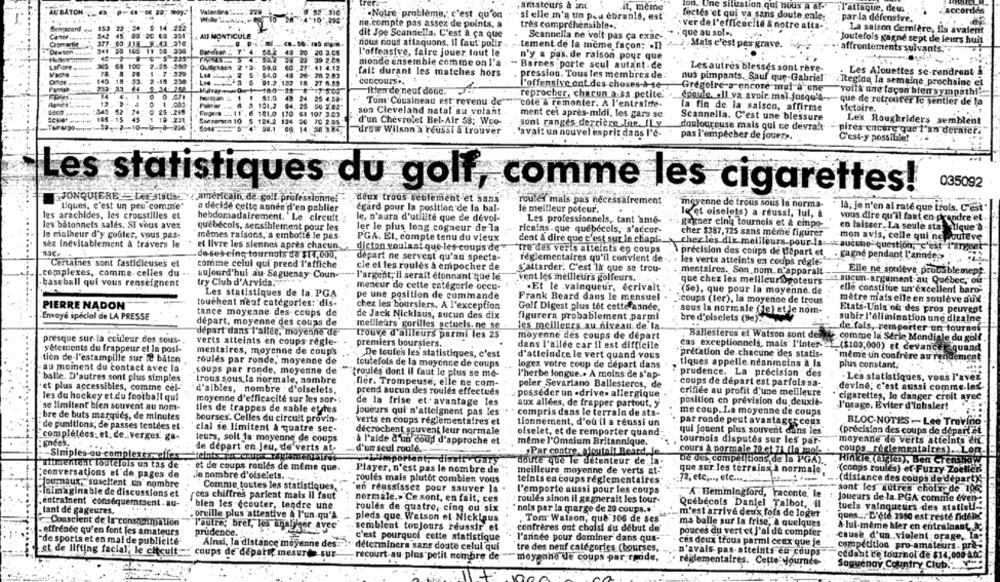
amateurs & int
on. Une situation qui nous a at.
AU BATON
it, meme
:l'attaque, deu.
".Notre problème, c'est qu'on
. si elle m'a un peu ebranis, est
fectés et qui va sans doute cale;
101,294
par la defensive.
ne.compte pas assez de points, a
tres compréhensible ..
ver de l'efficacité & notre alta-
Bangazard,aty
dit Joe Scandella. C'est à ça que
. que au sola,
La saison dernière, Ils avaient
AU MON
ICULE
Seannella ne voit pas ca exac-
Joutefois gagné sept de leurs huit
nous rious attaquons, Il faut polir -
tement de la même façon: . Il
,Mais c'est pes grave.
20 3
. affrontements suivants."
l'offensive, faire jouer tout le
n'y a pas. de raison pour que
monde ensemble comme on l'a
- Barnes porte seul autant.de
Les autres blessés sont reve-
28 2.83
fait durant les matches hors
pression. Tous les membres de :
.Les Alouettes se rendrent
concours ..
nus pimpants. Sauf que-Gabriel"
27 6.59
l'offensive ont des choses-A-se
Grégoire-s encore mal à une
:Regina la semaine prochaine et
itien de neuf donc.
"voilà une façon biensympathi'
25 4.59-
reprocher, chacun a sa petite.
101.2
Tom Cousinean est revenu de"
cole & remonter. A l'entrafre-
(poule. all ya avoir mal-jusqu'4 -- que de retrouver le sentier de la
56 2.82"
la fin de la saison, affirme
victoire.
181.0
107 3.03
son Cleveland natal su volant
ment cet après-midi, les gars sc
Scannella. C'est une blessure
€ 70 2.95
d'un Chevrolet Bel-Air 58; Woo-
Les Roughriders semblent
sont ranges derrière Lhe. ILy
douloureuse mais qui ce devrait
drow Wilson a réussi & trouver
pires encure que l'an dernier.
"avait un nouvel esprit dans I'd-
pas l'empêcher de jouers.
C'est-y possible!
035092
Les statistiques du golf, comme les cigarettes!
JONQUIERE LASStillSEY americain de golf professionnel -deux trous seulement et sans
roules mais pas nécessairement
moyenne de trous sous la norma-
tiques, c'est un peu comme"
a décidé cette année d'en publier
égard pour la position de la bal-
le meilleur poteur.
la; je n'en al rate que trois, C'est
les arachides, les croustilles et
le et oiselets) a réussi, lul, à
hebdomadairement. Le circuit
le, n'aura d'utilité que de devol-
Les professionnels, tant ame-
vous dire qu'il faut en prendre et
les bâtonnets sales. Si vous avez
gagner cinq tournois et & empo-
quebécois, sensiblement pour les
ler le plus long cogneur de la
ricains-que québecols, s'accor-
en laisser. La seule stalique's -
le malheur d'y goûter, vous pas-
mêmes raisons, a emboîte le pas-
PGA. El, compte tenu du vieux
dent à dire que c'est sur le chapl ;.
cher $387,725 sans meme figurer
mon avis, celle qui ne pouteve
sez inévitablement à travers le
et livre les siennes après chacun.
dicton voulant que les coups de
"tre des veris atteints en coups
chezles.dix-meilleurs.pour-Is === aucune question, c'est"l'argent
de-ses cing tournuts de $14,000,
\precision des coups de Ulopart et
depart ne servent qu'au specta-
réglementaires qu'il convient de
. Fagne pendant l'année>
Certaines sont fastidicuses el
comme celui qui prend l'affiche.
cle el les roulés à empocher de
les verts atteints en coups régle-
.complexes, comme- celles du ..
S'attarder. C'est Ik que se trou-
mentaires. Son nom_n'apparait
Elle ne soulève probablement
aujourd'hui au- Saguenay Coun-
l'argent, il serait étonnant que le
vent les meilleurs golfeurs.
.baseball qui vous renseignent
try Club d'Arvida,
que chez les meilleurSpoteurs
-aucun-argument au Québec, ou"
meneur de cette categorie occe- 1 .Et le .vainqueur, écrivait
elle constitue un excellent baro-
Les statistiques de la. PGA
pe une position de commande
(Se), que pour la moyenne. de
Frank Beard dans le mensuel
-coups (ler), la moyenne de trous
mètre mais elle en soulève aux
PIERRE NADON
touchent neuf categories: dis-
chez les boursiers. A l'exception
Golf Digest plus tot cettefannde
tance moyenne des- coups de
sous la normale (Je) et Je nom-
Etats-Unis où des pros peuvent
Envoyé spécial de LA PRESSE
de Jack Nicklaus, aucun des dix
figurera probablement parmi
bre d'olselets (90) ..
subir l'élimination une dizaine
départ, moyenne des coups de
mellleurs gorilles getuels. ne_se
les meilleurs au niveau de la
de fals, remporter un tournel
départ dans l'allée, moyenne de"
trouve d'ailleurs parmi les 25
moyenne des coups de départ
. Ballesteros et Watson sont del
comme la Série Mondiale du golf
presque sur-la couleur des sous -.
verts atteints en coups regle-
premiers boursiers.
dans l'allée car il est difficile
cas exceptionnels, mais' l'inter-
E.($100,000) et devancer quand
s'ètements du frappeur el la posi-
mentaires, moyenne de coups
De toute's les statistiques, c'est
pretation de chacune des statis-
tion de l'estampille sur le bâton
roules par ronde, moyenne de
d'atteindre le vert quand vous
même uin confrère au re
toutefois de la moyenne de coups
logez votre coup de départ dans
tiques appelle.néanmoins à la
plus constant.
au moment du contact avec la
coups par ronde, moyenne de
balle. D'autres sont plus simples
troules dont Il faut le plus se me-
l'herbe longue .. A moins de s'ap-
7 prudence. La precision des
. Les statistiques, vous l'avez
trous sous la normale, nombre
fier. Trompeuse, elle ne com-
coups de départ est parfois sa-
'et plus accessibles, comme cel-
peler Sevariano Ballesteros, de
devine; c'est aussi comme-les.
d'aibles, nombre . d'oiselets,
prend aucun des roulés effectués
posséder un -drive» allergique
crifiée au profit d'une meilleure
les du hockey et du football qui
moyenne d'efficacité sur les sor -:
position en prévision du deuxie-
cigarettes, Je danger croit avec
se limitent bien souvent au nom-
de la frise et avantage les
aux allées, de frapper partout, y
l'usage. Eviter d'lohaler!
tles de trappes de sable ettes
Joueurs qui'n'atteignent pas les
compris dans le terrain de sta-
me coup. La moyenne de coups
bre de buts marques, de minutes
bourses. Celles du circuit provin-
verts en coups réglementaires et
tionnement, d'où il a réussi un
par ronde peut avantages ceux
BLOC-NOTES - Lee Trevino
de punitions; de passes tentées el -
"clal se limitent à quatre sec-
(précision des coups de départ's
completees: et. de. verges ga-
décrochent souvent leur normale
ofselet, et de remporter quand
qui jouent plus souvent dans les
antes.
leurs, soit la moyenne de coups
à l'aide d'un coud d'approche et
même l'Omnium Britannique.
tournois disputes sur les par-
moyenne de verts atteints dit
de départ en Jeu, de'verts at.
d'un seul roulé.
. Par contre ajoutait Beard, je
cours à pormale 70 cl 21 (la mok
coups réglementaires) .. Lon-
-Simples-ou complexes-affes
L'important, disaity
uitmentent loutelols un tas de
doute que le détenteur de la-
be des competitions,de la PGA) ..
Hinkle (ales), Ben Crenshaw
et de coups roulés de meme que
Player, n'est pas le nombre de
meilleure moyerine de verts at.
que sur les terrains à normale
.(conps roules) ef Fuzzy Zoeller
conversations el de pages de
le nombre d'olselets. ..
.72, etc ..., etc ..........
roulés mais plutôt combien vous
teints en coups réglementaires
(distance des coups de départy'-
Journaux,"susclient un' nombre
Comme toutes les statistiques
"sont les autres choix de 106;
-laimaginable de discussions et
en réussissez pour sauver la
l'emporte aussi pour les coups
"A . Bemmingford, raconte, le
rces chiffres parlent mais il faut
normale.> Ce sont, en fait, ces
roules sinon il gagneralt les tour-
Joueurs de la. PGA comnie even-
entraînent conséquemment . au-
blen les ecouter, tendre une
Québécois Daniel Talbot, Il
tant de gageures.
roulés de quatre, cinq ou six
'nols par la marge de 20 coups .. "
tuels vainqueur's des statisti-
oreille plus attentive & l'un.qu'a
pleds que Watson et Nicklaus
m'est arrivé deux fois de loget
ques ... D'été 1980 est resté nidelet
Conscient de la consommation
. Tom Watson, que 106 de ses
ma balle sur la frise, & quelques
l'autre; bref, les analyser av
semblent toujours réussir .et
confrères ont choisi du début de'
& lui-même hier en entrainant,
- effrende qu'en font les amateurs
prudence.
pouces du vert et j'ai de compter
"de sports et en mal de publicité
c'est pourquoi cette statistique
l'année pour dominer dans qua-
cause d'un violent orage, la
Ainsi, la distance moyenne des:
déterminera sans doute celul qui
ces deux trous parmi ceux que je
compétition pro-amateurs. pre
et de lifting facial, le cicult-
tre des neuf catégories (bourses,
n'avais pas-atteints en coups
coups de depati? mesurée sur-
recourt-au plus petit nombre de
moyenne de coups par ride,
cédant ce tournoi de $14,000 at
réglementaires. Cette Journée
Saguenay Country Club